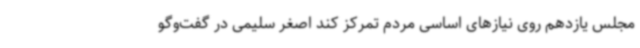
مجلس یازدهم روی نیازهای اساسی مردم تمرکز کند اصغر سلیمی در گفت‌وگو